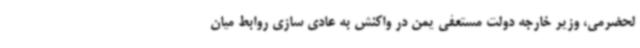
لحضرمی، وزیر خارجه دولت مستعفی یمن در واکنش به عادی سازی روابط میان